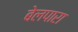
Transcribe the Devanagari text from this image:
बेलपारा